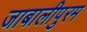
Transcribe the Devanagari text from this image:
जाबालीपुरम